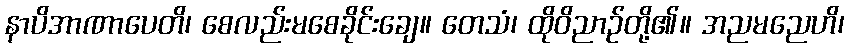
နာပိအာဏာပေတိ၊ စေလည်းမစေခိုင်းချေ။ တေသံ၊ ထိုဝိညာဉ်တို့၏။ အညမညေဟိ၊